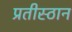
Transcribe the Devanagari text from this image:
प्रतीस्ठान